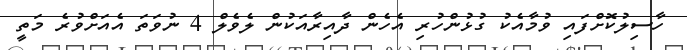
ހާސިލުކޮށްފައި ވުމާއެކު ގުޅުންހުރި އެހެން ދާއިރާއަކުން ލެވެލް 4 ނުވަތަ އެއަށްވުރެ މަތީ